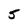
Character: 5